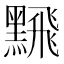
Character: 𫜛